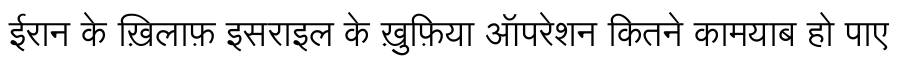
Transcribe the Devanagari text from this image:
ईरान के ख़िलाफ़ इसराइल के ख़ुफ़िया ऑपरेशन कितने कामयाब हो पाए